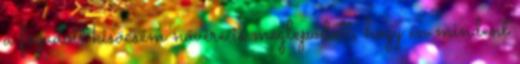
a fogadott kisöcsém nővére is meglepődött, hogy én mindent